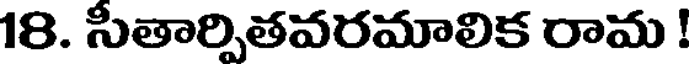
18. సీతార్పితవరమాలిక రామ !